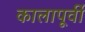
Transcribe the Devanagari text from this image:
कालापूर्वी